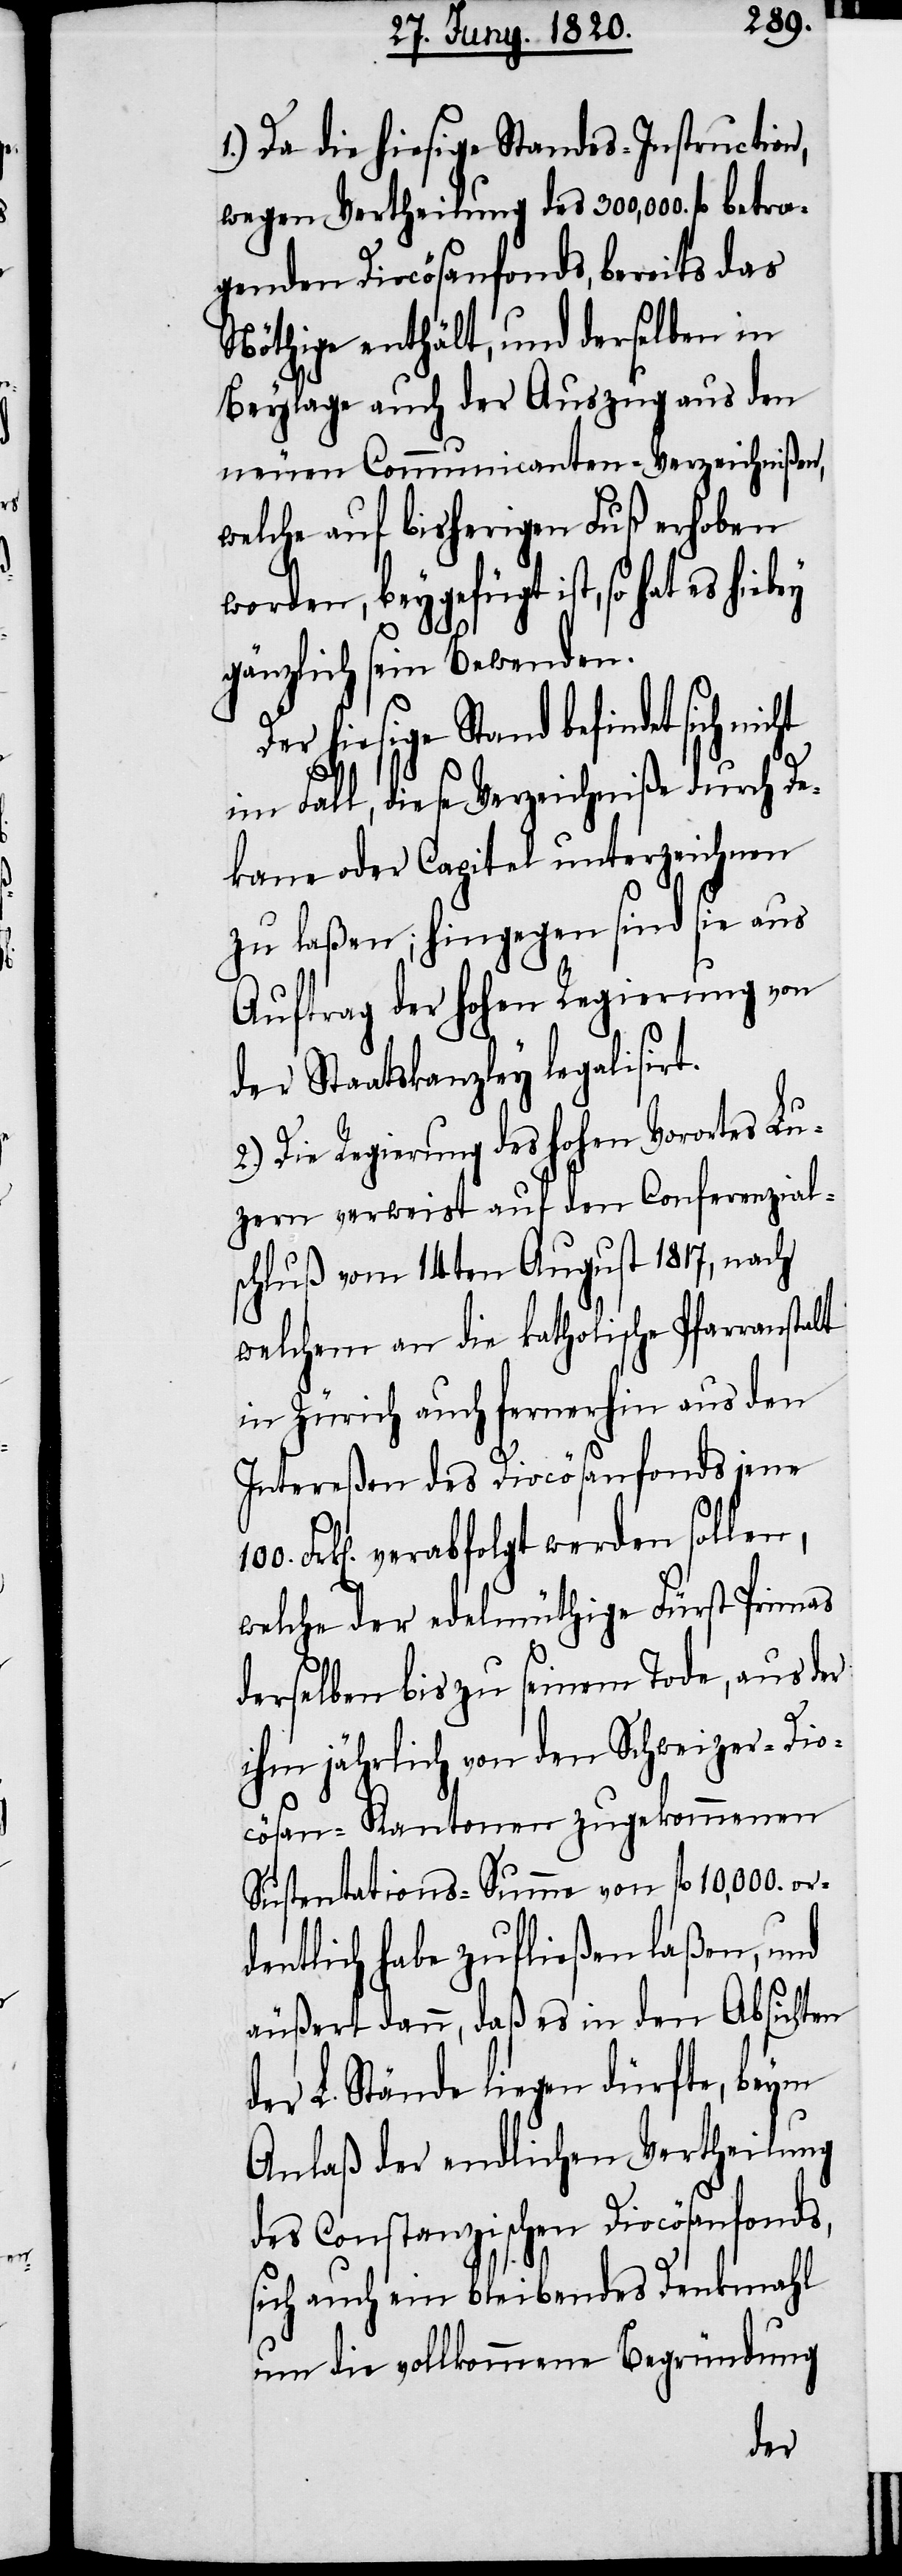
1.) Da die hiesige Standes-Instruction,
wegen Vertheilung des 300,00. fl betra¬
genden Diocösenfonds, bereits das
Nöthige enthält, und derselben in
Beylage auch der Auszug aus den
neuen Communicanten-Verzeichnißen,
welche auf bisherigen Fuß erhoben
worden, beygefügt ist, so hat es
gänzlich sein Bewende.
Der hiesige Stand befindet sich
im Fall, diese Verzeichniße durch De¬
kane oder Capital unterzeichnen
zu laßen; hingegen sind sie aus
Auftrag der hohen Regierung von
der Staatskanzley legalisirt.
2.) Die Regierung des hohen Vorortes Lu¬
zern verweist auf den Conferenzial¬
schluß vom 14ten August 1817, nach
welchem an die katholische Pfarranstalt
in Zürich auf fernerhin aus den
Intereßen des Diocösenfonds jene
Frk[en]. verabfolgt werden sollen,
welche der edelmüthige Fürst Primas
derselben bis zu seinem Tode, aus der
ihm jährlich von den Schweizer-Dio¬
cösen-Kantonen zugekommenen
Sustentations-Summe von fl 10,000. or¬
dentlich habe zufließen laßen, und
äußert dann, daß es in den Absichten
der L. Stände liegen dürfte, beym
Anlaß der endlichen Vertheilung
des Constanzischen Diocösenfonds,
sich auch ein bleibendes Denkmahl
um die vollkommene Begründung